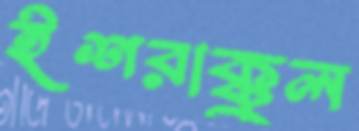
ইশরাক্কুল